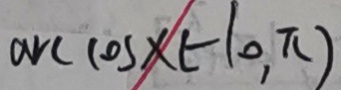
\arccos x ( - 1 0 , \pi )